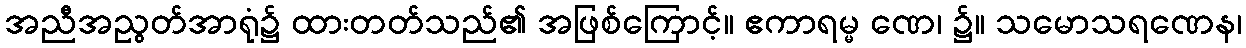
အညီအညွတ်အာရုံ၌ ထားတတ်သည်၏ အဖြစ်ကြောင့်။ ဧကာရမ္မ ဏေ၊ ၌။ သမောသရဏေန၊